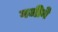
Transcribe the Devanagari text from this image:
गजीने